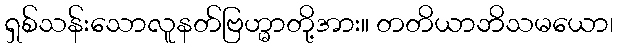
ရှစ်သန်းသောလူနတ်ဗြဟ္မာတို့အား။ တတိယာဘိသမယော၊